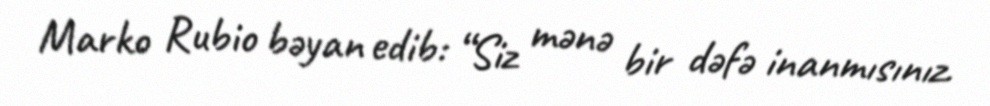
Marko Rubio bəyan edib: “Siz mənə bir dəfə inanmısınız.